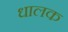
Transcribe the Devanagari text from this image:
धालक